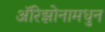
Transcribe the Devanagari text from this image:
अॅरिझोनामधुन